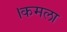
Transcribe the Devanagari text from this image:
।कमला